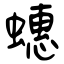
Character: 蟪